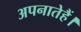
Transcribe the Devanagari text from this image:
अपनातेहैं।